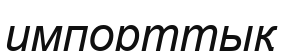
импорттық